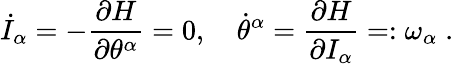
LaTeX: \dot{I}_{\alpha}=-\frac{\partial H}{\partial\theta^{\alpha}}=0,\quad\dot{\theta}^{\alpha}=\frac{\partial H}{\partial I_{\alpha}}=:\omega_{\alpha}\; .